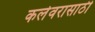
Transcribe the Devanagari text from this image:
कलेवरासाठी